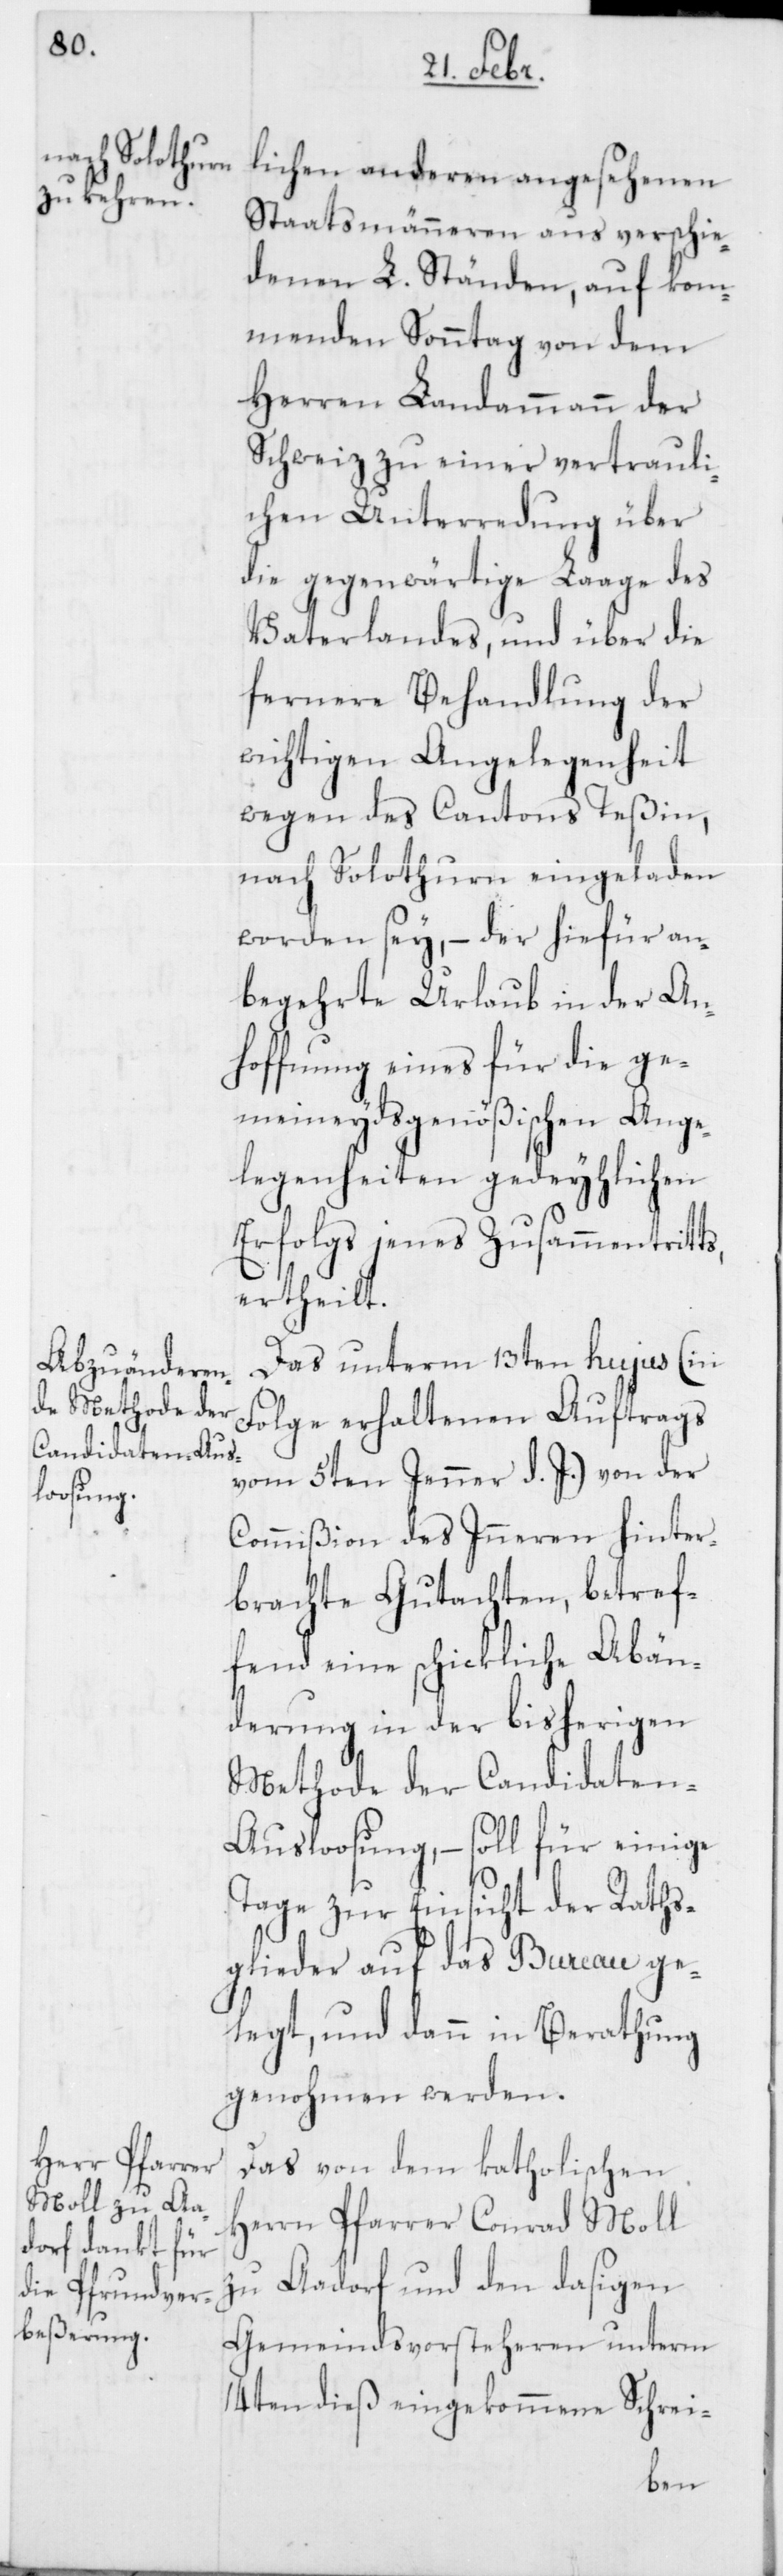
lichen anderen angesehenen
Staatsmänneren aus verschie¬
denen L. Ständen, auf ko¬
mmenden Sonntag von dem
Herren Landammann der
Schweiz zu einer vertrauli¬
chen Unterredung über
die gegenwärtige Laage des
Vaterlandes, und über die
fernere Behandlung der
wichtigen Angelegenheit
wegen des Cantons Teßin,
nach Solothurn eingeladen
worden sey, – der hiefür an¬
begehrte Urlaub in der An¬
hoffnung eines für die ge¬
meineydsgenößischen Ange¬
legenheiten gedeyhlichen
Erfolgs jenes Zusammentritts,
ertheilt.
Das unterm 13ten hujus (in
Folge erhaltenen Auftrags
vom 5ten Jenner d. J.) von der
Commißion des Inneren hinter¬
brachte Gutachten, betref¬
fend eine schickliche Abän¬
derung in der bisherigen
Methode der Candidaten-A¬
usloosung, – soll für einige
Tage zur Einsicht der Raths¬
glieder auf das Bureau ge¬
legt, und dann in Berathung
genohmen werden.
Das von dem katholischen
Herrn Pfarrer Conrad Moll
zu Aadorf und den dasigen
Gemeindsvorsteheren unterm
14ten dieß eingekommene Schrei-